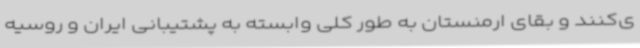
ی‌کنند و بقای ارمنستان به طور کلی وابسته به پشتیبانی ایران و روسیه